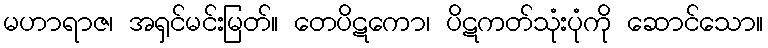
မဟာရာဇ၊ အရှင်မင်းမြတ်။ တေပိဋကော၊ ပိဋကတ်သုံးပုံကို ဆောင်သော။